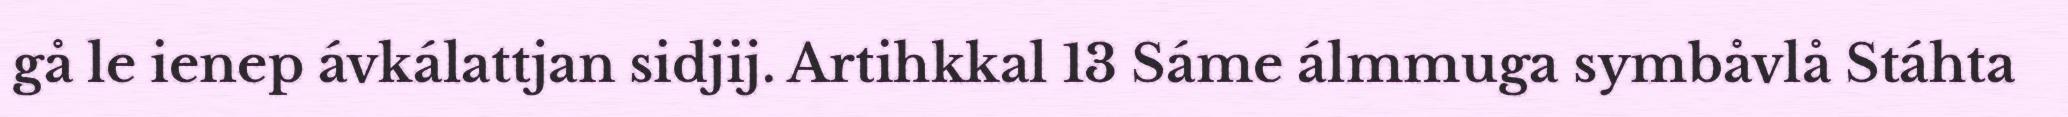
gå le ienep ávkálattjan sidjij. Artihkkal 13 Sáme álmmuga symbåvlå Stáhta